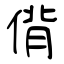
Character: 偝